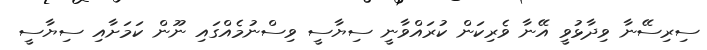
ސިރިސޭނާ ވިދާޅުވީ އޭނާ ވެރިކަން ކުރައްވާނީ ސިޔާސީ ވިސްނުމެއްގައި ނޫން ކަމަށާއި ސިޔާސީ